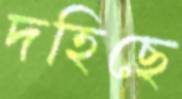
দহিছে